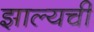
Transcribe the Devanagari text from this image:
झाल्यची